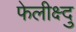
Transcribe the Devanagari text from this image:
फेलीक्ष्दु